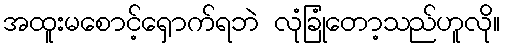
အထူးမစောင့်ရှောက်ရဘဲ လုံခြုံတော့သည်ဟူလို။